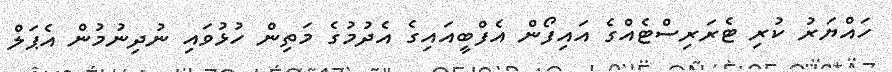
ހައްޔަރު ކުރި ޓެރަރިސްޓެއްގެ އައިފޯން އެފްބީއައިގެ އެދުމުގެ މަތިން ހުޅުވައި ނުދިނުމުން އެޕަލް